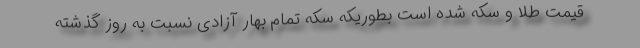
قیمت طلا و سکه شده است بطوریکه سکه تمام بهار آزادی نسبت به روز گذشته